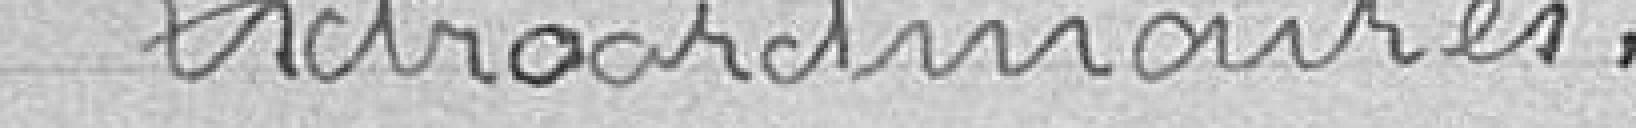
Extraordinaires